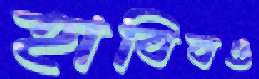
হাবিবও